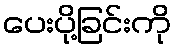
ပေးပို့ခြင်းကို